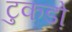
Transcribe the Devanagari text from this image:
टुकडो़